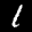
Label: 1